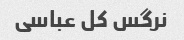
نرگس کل عباسی